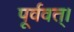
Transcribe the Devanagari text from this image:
पूर्ववत्।